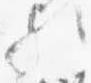
歟